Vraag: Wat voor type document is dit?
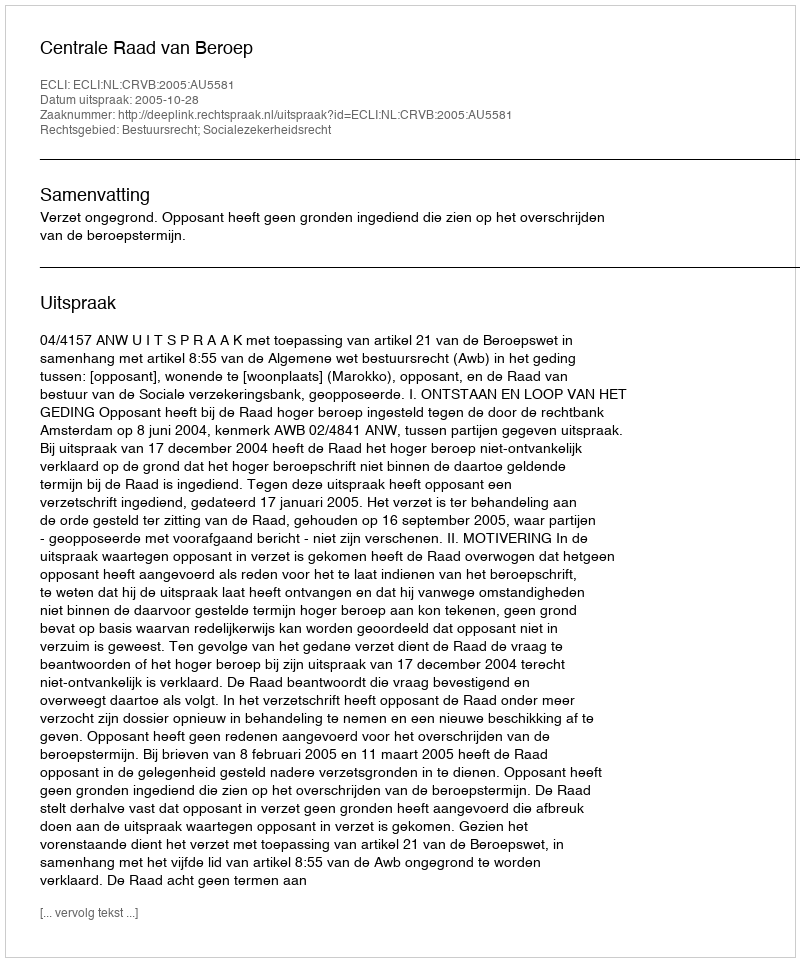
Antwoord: Uitspraak